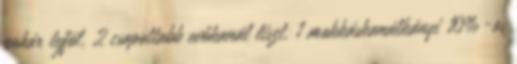
pohár tejföl, 2 csapottabb evőkanál liszt, 1 mokkáskanálkányi 10%-os